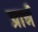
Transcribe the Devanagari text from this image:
प्रार्न्न